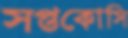
সপ্তকোসি